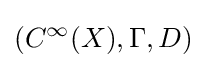
(C^{\infty }(X),\Gamma ,D)